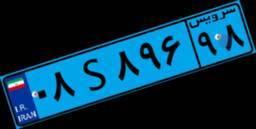
۰۸S۸۹۶۹۸